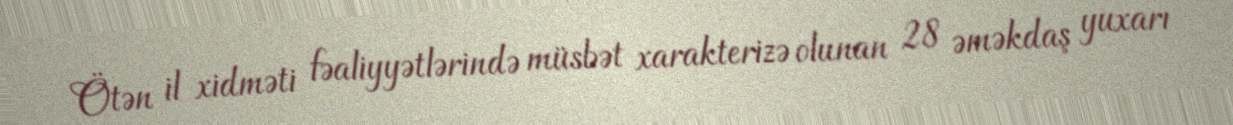
Ötən il xidməti fəaliyyətlərində müsbət xarakterizə olunan 28 əməkdaş yuxarı